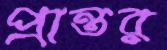
প্রান্তর